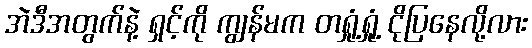
အဲဒီအတွက်နဲ့ ရှင့်ကို ကျွန်မက တရှုံ့ရှုံ့ ငိုပြနေလို့လား